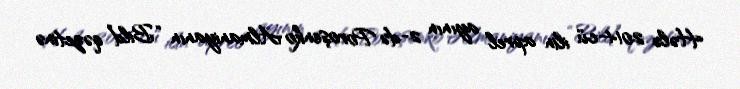
Hələ 2014-cü ilin aprel ayının 2-də Poroşenko Almaniyanın “Bild” qəzetinə